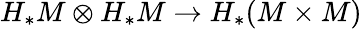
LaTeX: H_{*}M\otimes H_{*}M\to H_{*}(M\times M)